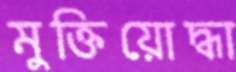
মুক্তিয়োদ্ধা